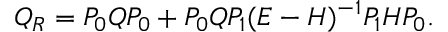
Q _ { R } = P _ { 0 } Q P _ { 0 } + P _ { 0 } Q P _ { 1 } ( E - H ) ^ { - 1 } P _ { 1 } H P _ { 0 } .